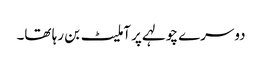
دوسرے چولہے پر آملیٹ بن رہا تھا۔